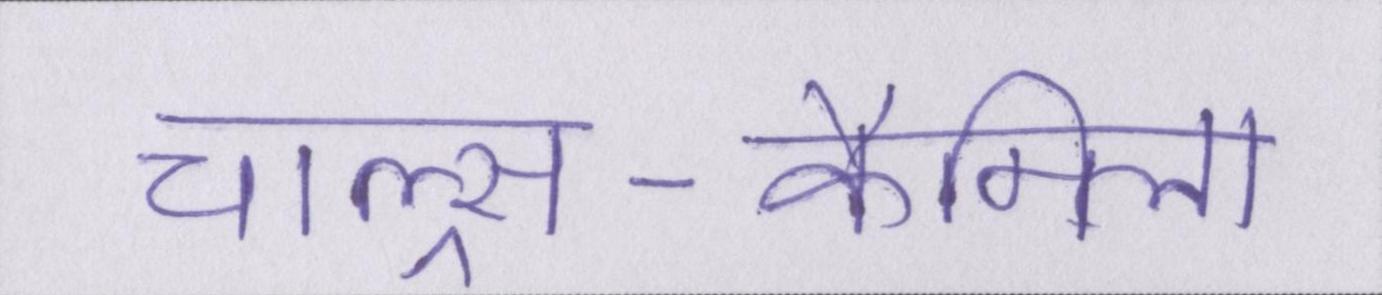
चाल्र्स-कैमिला